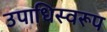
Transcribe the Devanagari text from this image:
उपाधिस्वरूप